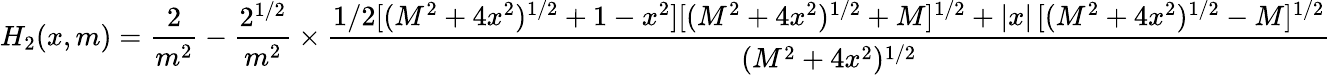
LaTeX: H_{2}(x,m)=\frac{2}{m^{2}}-\frac{2^{1/2}}{m^{2}}\times\frac{1/2[(M^{2}+4x^{2})^{1/2}+1-x^{2}][(M^{2}+4x^{2})^{1/2}+M]^{1/2}+|x|\, [(M^{2}+4x^{2})^{1/2}-M]^{1/2}}{(M^{2}+4x^{2})^{1/2}}